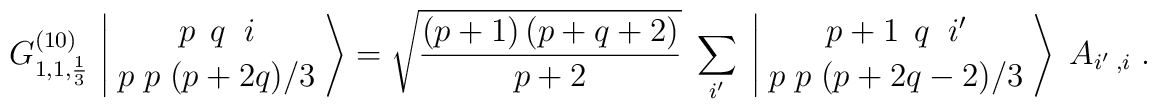
G^{(10)}_{1,1,{1\over3}}\,\left| \, {p\;\,q\;\; i \atop p\;p\;(p + 2q)/3}\, \right\rangle=\sqrt{{(p + 1)\, (p + q + 2)}\over{p + 2}}\;\sum_{i'}\;\left| \, {p+1\;\,q\;\; i' \atop p\;p\; (p + 2q - 2)/3}\,\right\rangle \;A_{i'\;, i}\; .